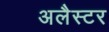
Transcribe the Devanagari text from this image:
अलैस्टर